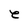
Character: e